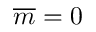
\overline { { m } } = 0